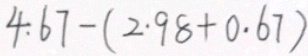
4 . 6 7 - ( 2 . 9 8 + 0 . 6 7 )